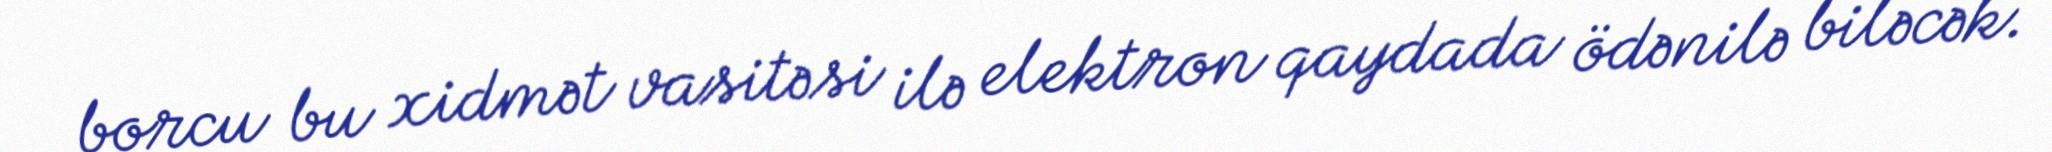
borcu bu xidmət vasitəsi ilə elektron qaydada ödənilə biləcək.